Vaccination in Burma 1912-1922 - 1912-1922
Year: 1912
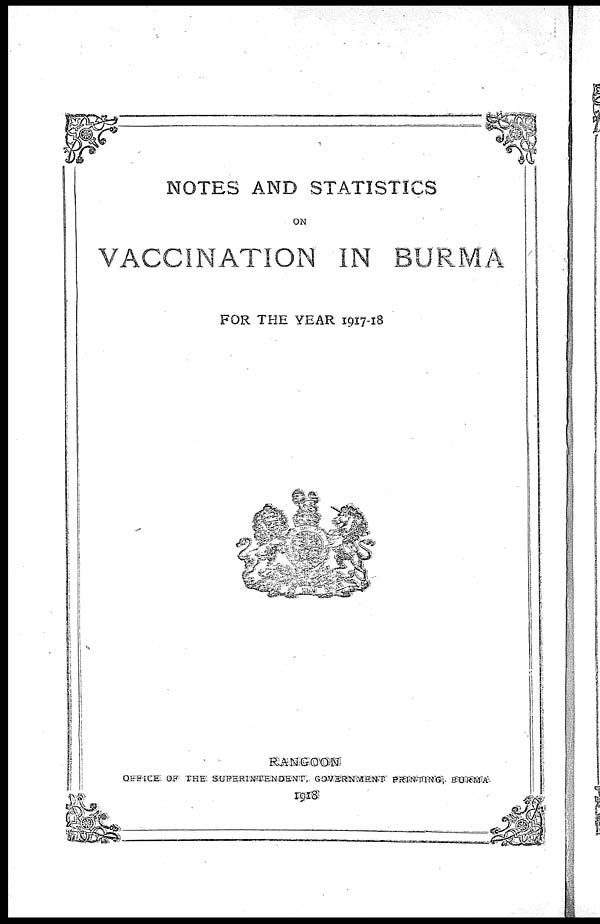
NOTES AND STATISTICS
ON
VACCINATION IN BURMA
FOR THE YEAR 1917-18
RANGOON
OFFICE OF THE SUPRINTENDENT, GOVERNMENT PRINTING BURMA
1918